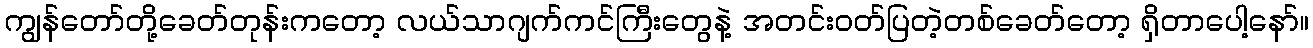
ကျွန်တော်တို့ခေတ်တုန်းကတော့ လယ်သာဂျက်ကင်ကြီးတွေနဲ့ အတင်းဝတ်ပြတဲ့တစ်ခေတ်တော့ ရှိတာပေါ့နော်။